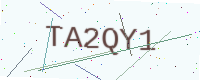
Text: TA2QY1